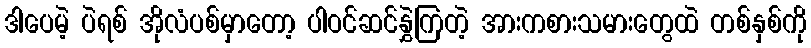
ဒါပေမဲ့ ပဲရစ် အိုလံပစ်မှာတော့ ပါဝင်ဆင်နွှဲကြတဲ့ အားကစားသမားတွေထဲ တစ်နှစ်ကို